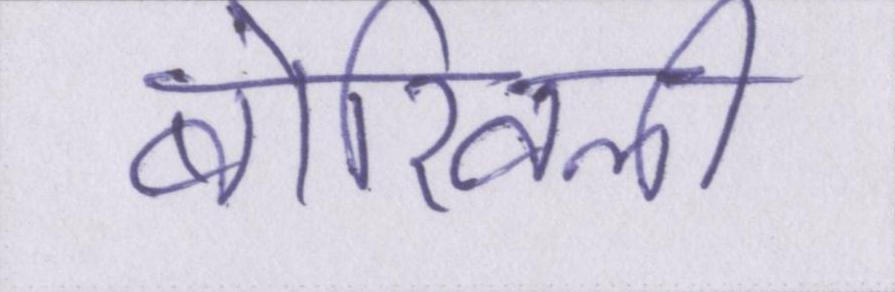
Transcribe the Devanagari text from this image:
बोरिवली